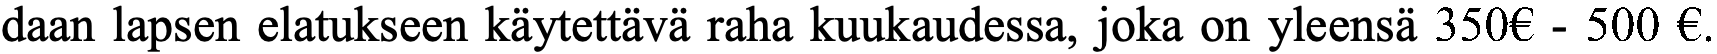
daan lapsen elatukseen käytettävä raha kuukaudessa, joka on yleensä 350€ - 500 €.